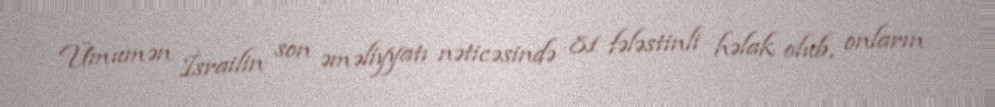
Ümumən İsrailin son əməliyyatı nəticəsində 81 fələstinli həlak olub, onların